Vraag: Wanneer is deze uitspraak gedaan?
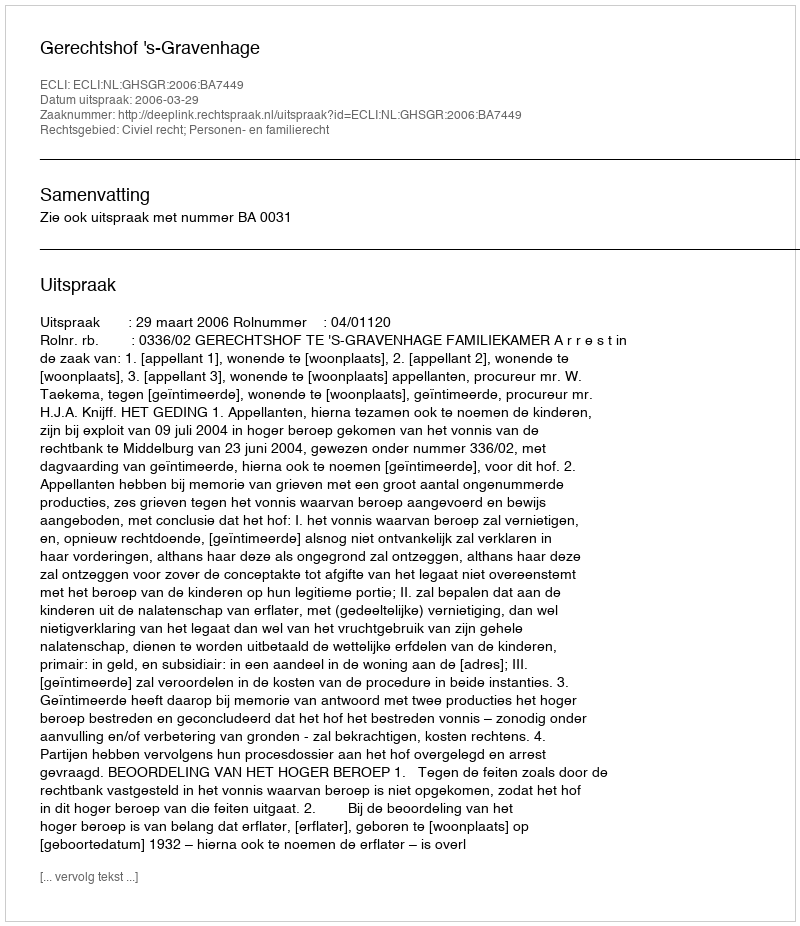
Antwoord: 2006-03-29